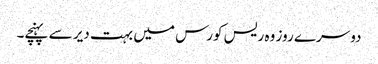
دوسرے روز وہ ریس کورس میں بہت دیر سے پہنچے۔